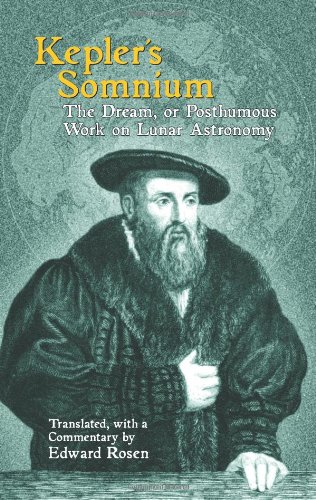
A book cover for Kepler's Somnium: The Dream, or Posthumous Work on Lunar Astronomy; Science & Math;